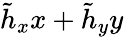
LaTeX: \tilde{h}_{x}x+\tilde{h}_{y}y